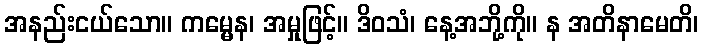
အနည်းငယ်သော။ ကမ္မေန၊ အမှုဖြင့်။ ဒိဝသံ၊ နေ့အဘို့ကို။ န အတိနာမေတိ၊